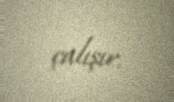
çalışır.